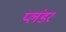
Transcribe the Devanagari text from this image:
प्लंडर